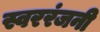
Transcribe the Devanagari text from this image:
स्वररंजनी